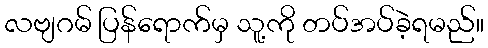
လဗျဂမ် ပြန်ရောက်မှ သူ့ကို တပ်အပ်ခဲ့ရမည်။